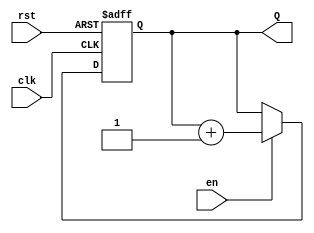
module BinaryCounter #(parameter N = 4) (
    input wire clk,        // Clock input
    input wire rst,        // Asynchronous reset input
    input wire en,         // Enable input
    output reg [N-1:0] Q   // N-bit counter output
);

    // Always block triggered on the rising edge of the clock
    always @(posedge clk or posedge rst) begin
        if (rst) begin
            // If reset is asserted, set counter to 0
            Q <= 0;
        end else if (en) begin
            // If enable is asserted, increment the counter
            Q <= Q + 1; // Wraps around automatically due to binary nature
        end
        // If enable is not asserted, retain current value (no action)
    end

endmodule